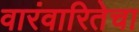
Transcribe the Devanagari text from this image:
वारंवारितेचा